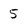
Character: 5